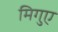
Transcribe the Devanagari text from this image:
मिगुए